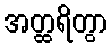
အတ္ထရိတွာ